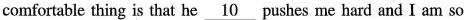
comfortable thing is that he \underline{10} pushes me hard and I am